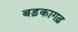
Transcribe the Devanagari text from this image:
बड़कागढ़